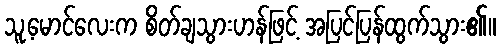
သူ့မောင်လေးက စိတ်ချသွားဟန်ဖြင့် အပြင်ပြန်ထွက်သွား၏။